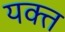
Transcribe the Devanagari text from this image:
यक्त